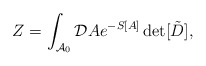
\begin{align*}Z=\int _{{\cal A}_0}{\cal D}Ae^{-S[A]}\det[\tilde{D}],\end{align*}